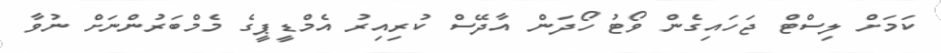
ކަމަށް ލިސްޓް ޖަހައިގެން ވޯޓު ހޯދަން އާދޭސް ކުރިއިރު އެމްޑީޕީގެ މެމްބަރުންނަށް ނުވާ